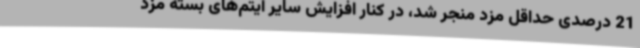
21 درصدی حداقل مزد منجر شد، در کنار افزایش سایر آیتم‌های بسته مزد